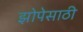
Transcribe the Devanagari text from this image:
झोपेसाठी